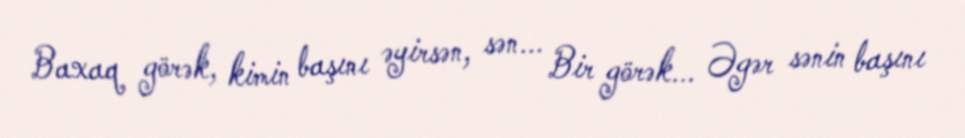
Baxaq görək, kimin başını əyirsən, sən... Bir görək... Əgər sənin başını